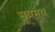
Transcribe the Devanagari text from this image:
सूत्रमय